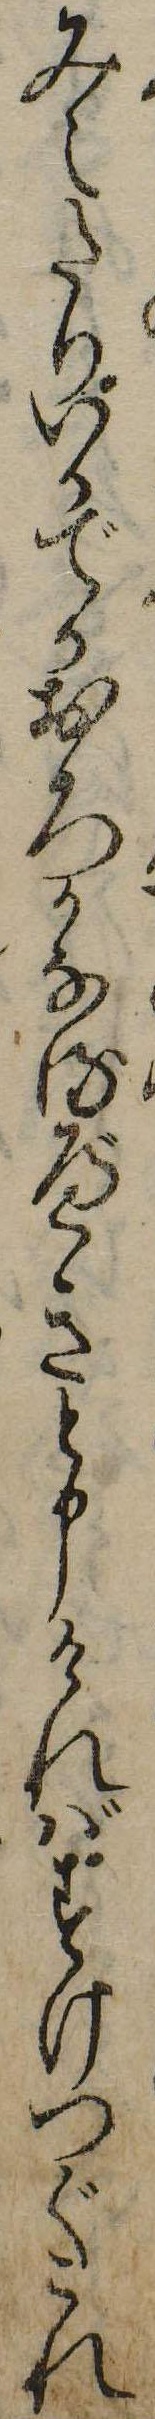
みえたりいかでかおろかなるべきと申ければすけつぐこれ